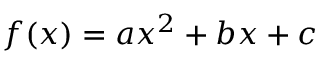
f ( x ) = a x ^ { 2 } + b x + c